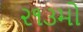
૨૧૩મો